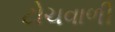
ટોચવાળી